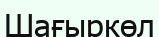
Шағыркөл